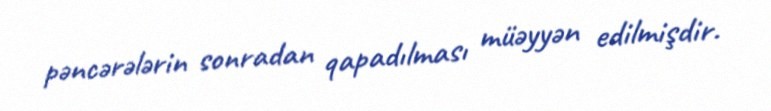
pəncərələrin sonradan qapadılması müəyyən edilmişdir.